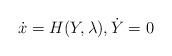
LaTeX: \begin{align*}\dot{x}=H(Y,\lambda), \dot{Y}=0\end{align*}